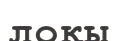
лоқы